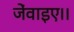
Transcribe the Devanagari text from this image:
जेंवाइए।।